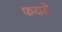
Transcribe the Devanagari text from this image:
फयदे